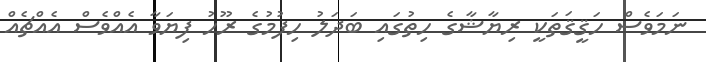
ނަމަވެސް ހަޤީޤަތަކީ ރިޔާޝާގެ ހިތުގައި ބަދަލު ހިފުމުގެ ރޫހު ފިޔަވާ އެއްވެސް އެއްޗެއް